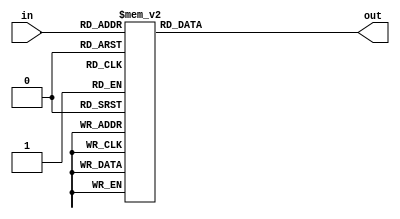
module hexdigit (
    input 		 	[3:0]	in,
    output reg 	[6:0]	out
	 );

    always @(in) begin
		case (in)
		4'b0000: out = 7'b1000000;
		4'b0001: out = 7'b1111001;
		4'b0010: out = 7'b0100100;
	    4'b0011: out = 7'b0110000;
		4'b0100: out = 7'b0011001;
		4'b0101: out = 7'b0010010;
		4'b0110: out = 7'b0000010;
		4'b0111: out = 7'b1111000;
		4'b1000: out = 7'b0000000;
		4'b1001: out = 7'b0010000;
		4'b1010: out = 7'b0001000;
		4'b1011: out = 7'b0000011;
		4'b1100: out = 7'b1000110;
		4'b1101: out = 7'b0100001;
		4'b1110: out = 7'b0000110;
		4'b1111: out = 7'b0001110;
		endcase
	end
endmodule